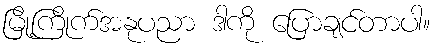
မြို့ကြိုက်အနုပညာ ဒါကို ပြောချင်တာပါ။